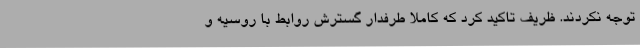
توجه نکردند. ظریف تاکید کرد که کاملا طرفدار گسترش روابط با روسیه و